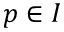
p \in { I }